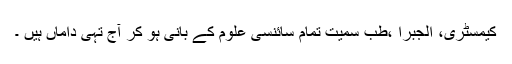
کیمسٹری، الجبرا ،طب سمیت تمام سائنسی علوم کے بانی ہو کر آج تہی داماں ہیں ۔